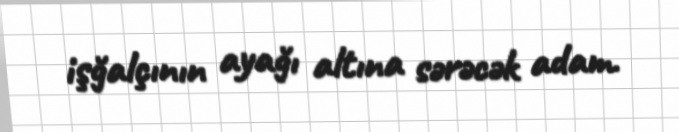
işğalçının ayağı altına sərəcək adam.